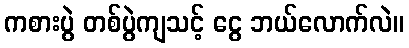
ကစားပွဲ တစ်ပွဲကျသင့် ငွေ ဘယ်လောက်လဲ။